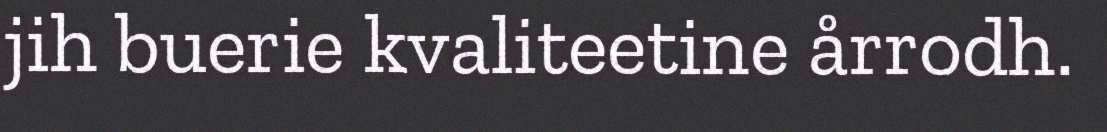
jih buerie kvaliteetine årrodh.